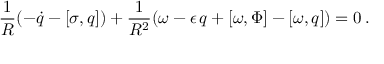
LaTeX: \frac { 1 } { R } ( - \dot { q } - [ \sigma , q ] ) + \frac { 1 } { R ^ { 2 } } ( \omega - \epsilon \, q + [ \omega , \Phi ] - [ \omega , q ] ) = 0 \, .